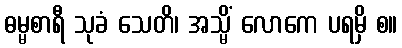
ဓမ္မစာရီ သုခံ သေတိ၊ အသ္မိံ လောကေ ပရမှိ စ။